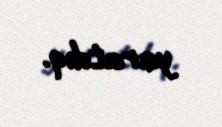
yaratdıq.